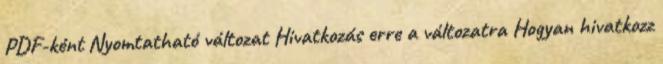
PDF-ként Nyomtatható változat Hivatkozás erre a változatra Hogyan hivatkozz